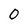
Character: O